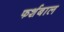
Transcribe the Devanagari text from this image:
फर्शबाल